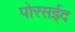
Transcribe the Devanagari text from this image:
पोरसईद